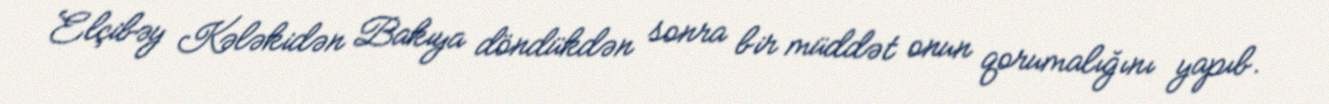
Elçibəy Kələkidən Bakıya döndükdən sonra bir müddət onun qorumalığını yapıb.